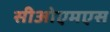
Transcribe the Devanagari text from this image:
सीओएमएस